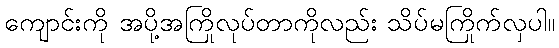
ကျောင်းကို အပို့အကြိုလုပ်တာကိုလည်း သိပ်မကြိုက်လှပါ။